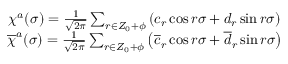
\begin{array} { c c c } { { \chi ^ { a } ( \sigma ) = \frac 1 { \sqrt { 2 \pi } } \sum _ { r \in Z _ { 0 } + \phi } \left( c _ { r } \cos { r \sigma } + d _ { r } \sin { r \sigma } \right) } } & { { } } & { { } } \\ { { \overline { { { \chi } } } ^ { a } ( \sigma ) = \frac 1 { \sqrt { 2 \pi } } \sum _ { r \in Z _ { 0 } + \phi } \left( \overline { { { c } } } _ { r } \cos { r \sigma } + \overline { { { d } } } _ { r } \sin { r \sigma } \right) } } & { { } } & { { } } \end{array}